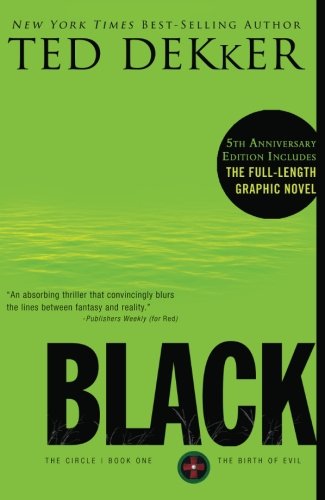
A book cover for Black (The Circle Series); Ted Dekker; Christian Books & Bibles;